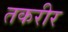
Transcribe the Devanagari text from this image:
तकरीर